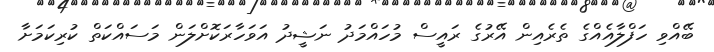
ބޭއްވި ހަފްލާއެއްގެ ތެރެއިން އޭރުގެ ރައީސް މުހައްމަދު ނަޝީދު އަވަހާރަކޮށްލަން މަސައްކަތް ކުރިކަމަށާ